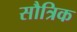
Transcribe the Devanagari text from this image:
सौत्रिक